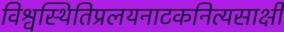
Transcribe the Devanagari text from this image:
विश्वस्थितिप्रलयनाटकनित्यसाक्षी